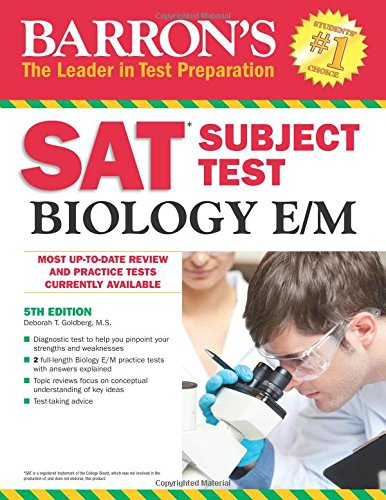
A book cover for Barron's SAT Subject Test Biology E/M, 5th Edition; Deborah T. Goldberg M.S.; Test Preparation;